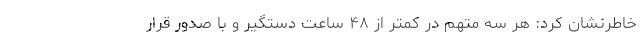
خاطرنشان کرد: هر سه متهم در کمتر از ۴۸ ساعت دستگیر و با صدور قرار